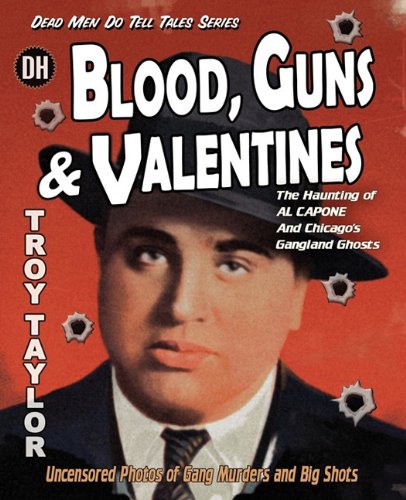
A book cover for Blood, Guns & Valentines; Troy Taylor; Religion & Spirituality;